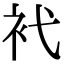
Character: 䘝